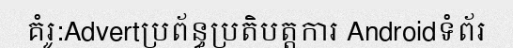
គំរូ:Advertប្រព័ន្ធប្រតិបត្តការ Androidទំព័រ